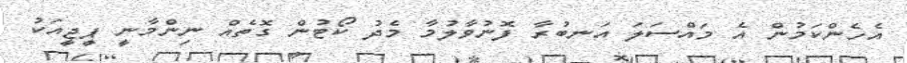
އެހެންކަމުން އެ މައްސަލަ އަނބުރާ ފޮނުވާލުމާ މެދު ކޯޓުން ގޮތެއް ނިންމާނީ ޕީޖީއަކު